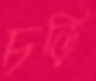
চড়ি